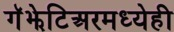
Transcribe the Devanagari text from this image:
गॅझेटिअरमध्येही